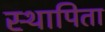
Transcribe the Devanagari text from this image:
स्थापिता